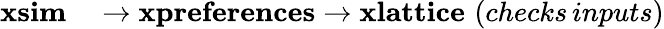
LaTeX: \begin{array}{rl}{\mathbf{xsim}}&{{}\rightarrow\mathbf{xpreferences}\rightarrow\mathbf{xlattice}\, \, (checks\, inputs)}\end{array}